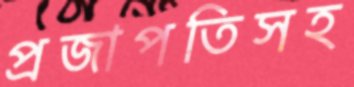
প্রজাপতিসহ